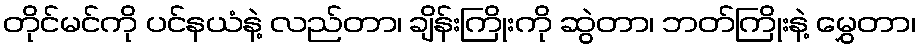
တိုင်မင်ကို ပင်နယံနဲ့ လည်တာ၊ ချိန်းကြိုးကို ဆွဲတာ၊ ဘတ်ကြိုးနဲ့ မွှေတာ၊